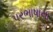
પરભાષાના